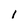
Character: 1